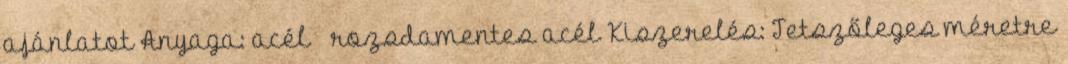
ajánlatot Anyaga: acél rozsdamentes acél Kiszerelés: Tetszőleges méretre